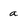
Character: a